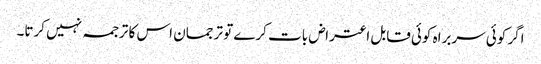
اگر کوئی سربراہ کوئی قابل اعتراض بات کرے تو ترجمان اس کا ترجمہ نہیں کرتا۔